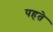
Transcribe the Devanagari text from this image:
पहते